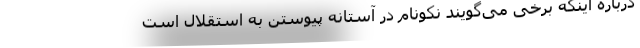
درباره اینکه برخی می‌گویند نکونام در آستانه پیوستن به استقلال است